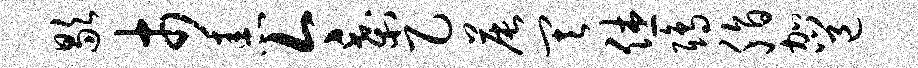
歇市恚今刹乙晨其休鸱脂加邕